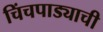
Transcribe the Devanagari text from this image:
चिंचपाड्याची